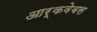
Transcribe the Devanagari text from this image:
आर्कवेबस